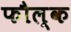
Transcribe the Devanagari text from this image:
फौल्क